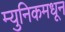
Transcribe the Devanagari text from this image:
म्युनिकमधून